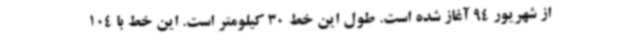
از شهریور 94 آغاز شده است. طول این خط 30 کیلومتر است. این خط با 104